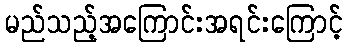
မည်သည့်အကြောင်းအရင်းကြောင့်